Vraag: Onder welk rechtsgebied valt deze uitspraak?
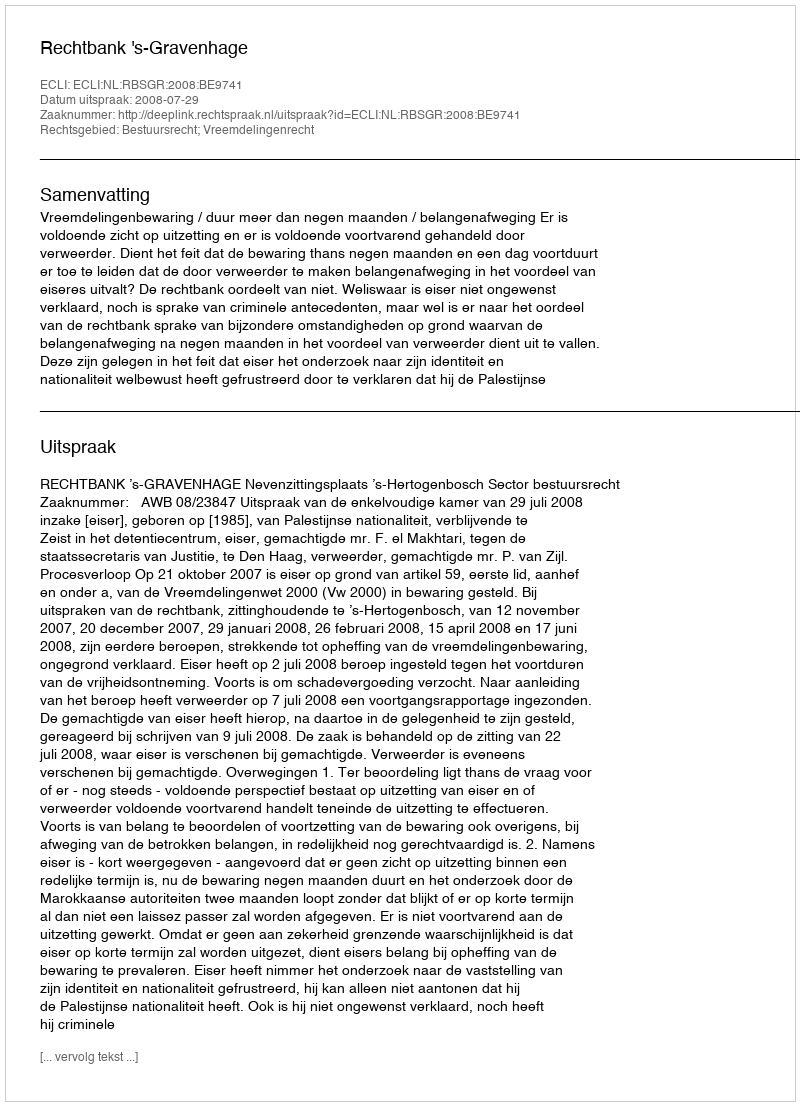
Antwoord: Bestuursrecht; Vreemdelingenrecht